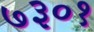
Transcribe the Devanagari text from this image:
७३०१